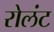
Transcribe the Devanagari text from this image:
रोलंट